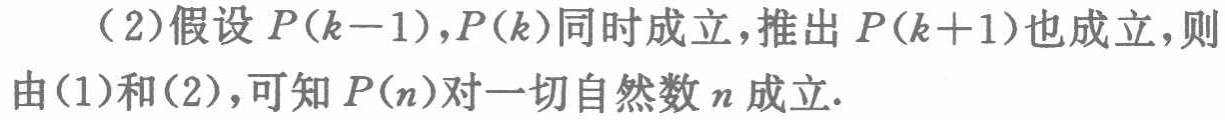
（2）假设 \(P(k - 1)\)，\(P(k)\)同时成立，推出 \(P(k + 1)\)也成立，则由（1）和（2），可知 \(P(n)\)对一切自然数 \(n\)成立.